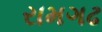
રામગઢ